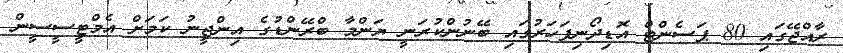
ރާއްޖޭގައި 80 ޕަސެންޓް އޮޑިދޯނިފަހަރުގައި ބޭނުންކުރަނީ ޔަންމާ ބްރޭންޑުގެ އިންޖީނު ކަމަށް އެމްޓީސީސީން